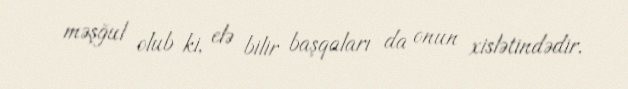
məşğul olub ki, elə bilir başqaları da onun xislətindədir.